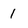
Character: 1